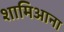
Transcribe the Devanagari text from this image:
शामिआना